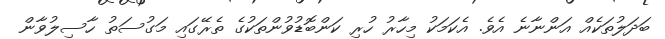
ބަދަލުތަކެއް އަންނާނެ އެވެ. އެކަމަކު މިހާރު ހުރި ކަންބޮޑުވުންތަކުގެ ތެރޭގައި މަގުސަތު ހާސިލުވާން